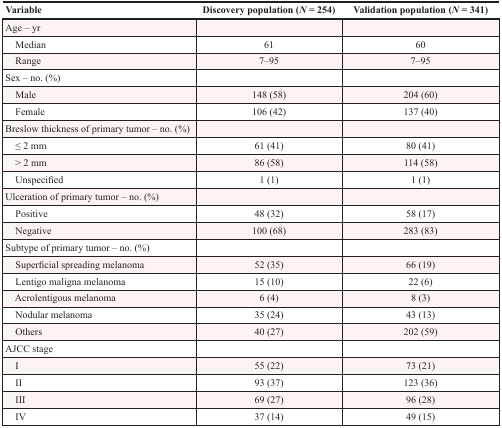
| Variable | Discovery population (N = 254) | Validation population (N = 341) |
 | --- | --- | --- |
 | Age – yr |  |  |
 | Median | 61 | 60 |
 | Range | 7–95 | 7–95 |
 | Sex – no. (%) |  |  |
 | Male | 148 (58) | 204 (60) |
 | Female | 106 (42) | 137 (40) |
 | Breslow thickness of primary tumor – no. (%) |  |  |
 | ≤ 2 mm | 61 (41) | 80 (41) |
 | > 2 mm | 86 (58) | 114 (58) |
 | Unspecified | 1 (1) | 1 (1) |
 | Ulceration of primary tumor – no. (%) |  |  |
 | Positive | 48 (32) | 58 (17) |
 | Negative | 100 (68) | 283 (83) |
 | Subtype of primary tumor – no. (%) |  |  |
 | Superficial spreading melanoma | 52 (35) | 66 (19) |
 | Lentigo maligna melanoma | 15 (10) | 22 (6) |
 | Acrolentigous melanoma | 6 (4) | 8 (3) |
 | Nodular melanoma | 35 (24) | 43 (13) |
 | Others | 40 (27) | 202 (59) |
 | AJCC stage |  |  |
 | I | 55 (22) | 73 (21) |
 | II | 93 (37) | 123 (36) |
 | III | 69 (27) | 96 (28) |
 | IV | 37 (14) | 49 (15) |